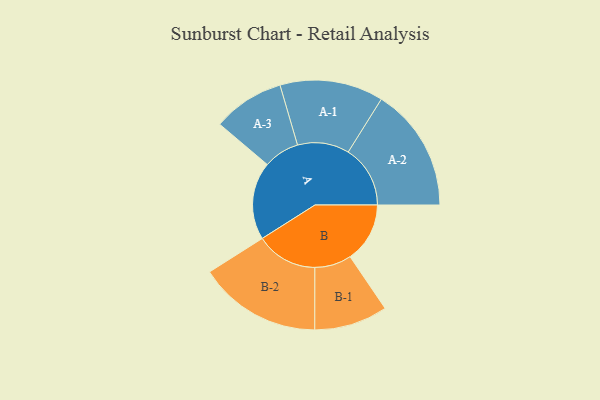
{"axis": {"x": "Segment", "y": "Value"}, "legend": ["", "A", "B"], "data": [{"x": "A", "y": 341, "type": ""}, {"x": "B", "y": 262, "type": ""}, {"x": "A-1", "y": 227, "type": "A"}, {"x": "A-2", "y": 272, "type": "A"}, {"x": "A-3", "y": 157, "type": "A"}, {"x": "B-1", "y": 161, "type": "B"}, {"x": "B-2", "y": 270, "type": "B"}]}